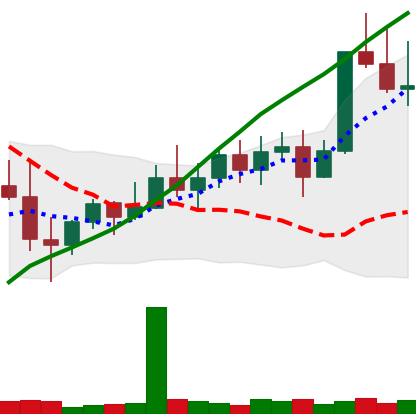
Ticker: XMR-USD
Chart end date: 2022-11-07
Forward return: -17.302%
Label: down_7plus